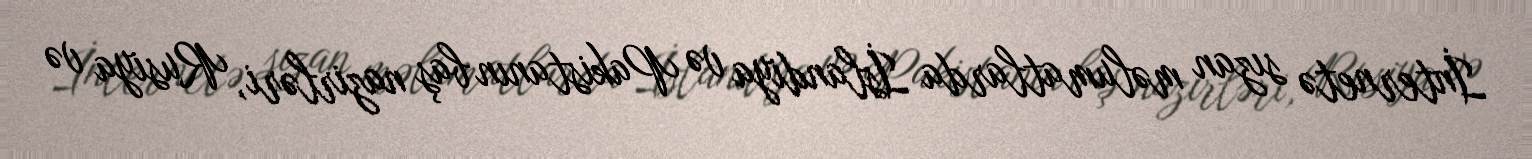
İnternetə sızan məlumatlarda İslandiya və Pakistanın baş nazirləri, Rusiya və